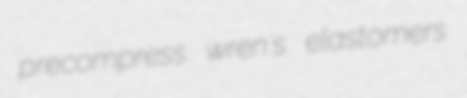
precompress wren's elastomers